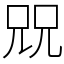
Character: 㒭